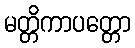
မတ္တိကာပတ္တော